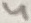
Text: 4